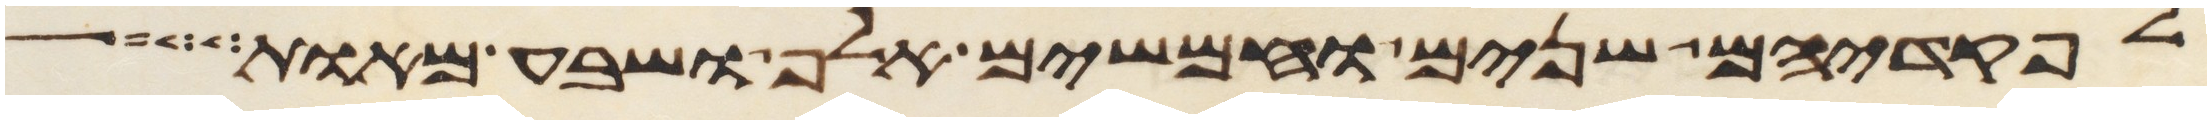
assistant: לפקדיהם שנים וחמשים אלף ושבע מאות